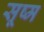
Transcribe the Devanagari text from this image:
सूष्म